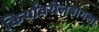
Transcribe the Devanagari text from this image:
किर्यावरीलबांगला